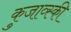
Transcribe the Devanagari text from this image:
कुजाव्स्की